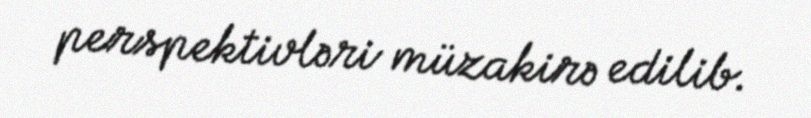
perspektivləri müzakirə edilib.